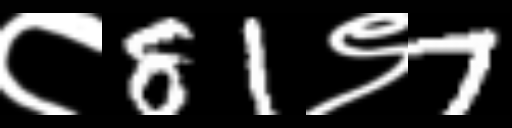
Text: ८81९7